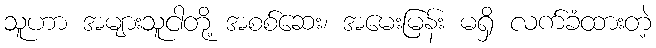
သူဟာ အများသူငါတို့ အစစ်ဆေး၊ အမေးမြန်း မရှိ လက်ခံထားတဲ့